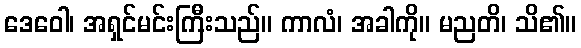
ဒေဝေါ၊ အရှင်မင်းကြီးသည်။ ကာလံ၊ အခါကို။ မညတိ၊ သိ၏။